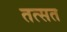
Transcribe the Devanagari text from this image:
तत्सत